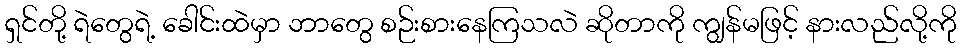
ရှင်တို့ ရဲတွေရဲ့ ခေါင်းထဲမှာ ဘာတွေ စဉ်းစားနေကြသလဲ ဆိုတာကို ကျွန်မဖြင့် နားလည်လို့ကို